Civil Veterinary Department. Central Provinces & Berar 1932-41 - 1932-1941
Year: 1932
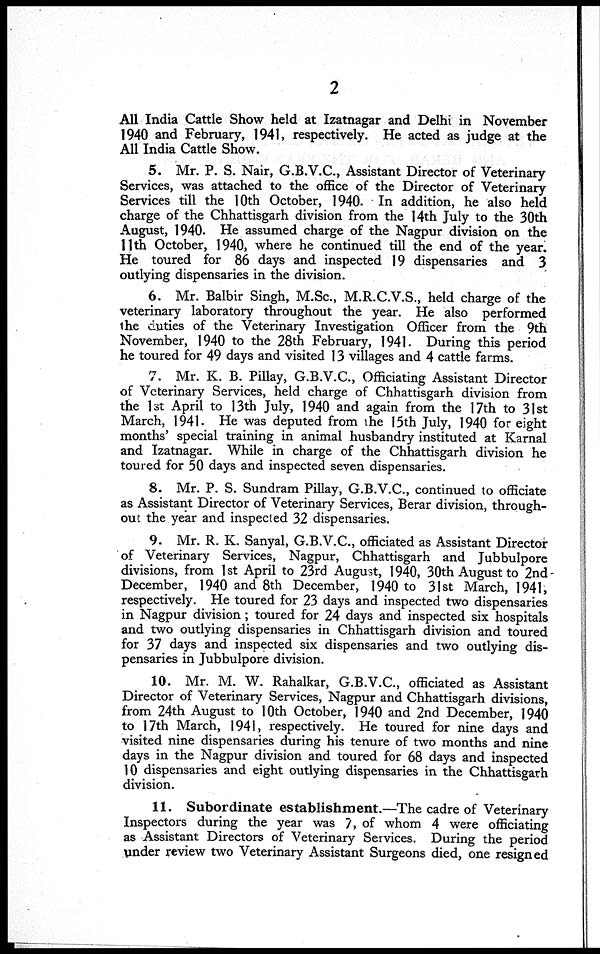
2
All India Cattle Show held at Izatnagar and Delhi in November
1940 and February, 1941, respectively. He acted as judge at the
All India Cattle Show.
5. Mr. P. S. Nair, G.B.V.C., Assistant Director of Veterinary
Services, was attached to the office of the Director of Veterinary
Services till the 10th October, 1940. In addition, he also held
charge of the Chhattisgarh division from the 14th July to the 30th
August, 1940. He assumed charge of the Nagpur division on the
11th October, 1940, where he continued till the end of the year.
He toured for 86 days and inspected 19 dispensaries and 3
outlying dispensaries in the division.
6. Mr. Balbir Singh, M.Sc., M.R.C.V.S., held charge of the
veterinary laboratory throughout the year. He also performed
the duties of the Veterinary Investigation Officer from the 9th
November, 1940 to the 28th February, 1941. During this period
he toured for 49 days and visited 13 villages and 4 cattle farms.
7. Mr. K. B. Pillay, G.B.V.C., Officiating Assistant Director
of Veterinary Services, held charge of Chhattisgarh division from
the 1st April to 13th July, 1940 and again from the 17th to 31st
March, 1941. He was deputed from the 15th July, 1940 for eight
months' special training in animal husbandry instituted at Karnal
and Izatnagar. While in charge of the Chhattisgarh division he
toured for 50 days and inspected seven dispensaries.
8. Mr. P. S. Sundram Pillay, G.B.V.C., continued to officiate
as Assistant Director of Veterinary Services, Berar division, through-
out the year and inspected 32 dispensaries.
9. Mr. R. K. Sanyal, G.B.V.C, officiated as Assistant Director
of Veterinary Services, Nagpur, Chhattisgarh and Jubbulpore
divisions, from 1st April to 23rd August, 1940, 30th August to 2nd -
December, 1940 and 8th December, 1940 to 31st March, 1941,
respectively. He toured for 23 days and inspected two dispensaries
in Nagpur division; toured for 24 days and inspected six hospitals
and two outlying dispensaries in Chhattisgarh division and toured
for 37 days and inspected six dispensaries and two outlying dis-
pensaries in Jubbulpore division.
10. Mr. M. W. Rahalkar, G.B.V.C., officiated as Assistant
Director of Veterinary Services, Nagpur and Chhattisgarh divisions,
from 24th August to 10th October, 1940 and 2nd December, 1940
to 17th March, 1941, respectively. He toured for nine days and
visited nine dispensaries during his tenure of two months and nine
days in the Nagpur division and toured for 68 days and inspected
10 dispensaries and eight outlying dispensaries in the Chhattisgarh
division.
11. Subordinate establishment.—The cadre of Veterinary
Inspectors during the year was 7, of whom 4 were officiating
as Assistant Directors of Veterinary Services. During the period
under review two Veterinary Assistant Surgeons died, one resigned